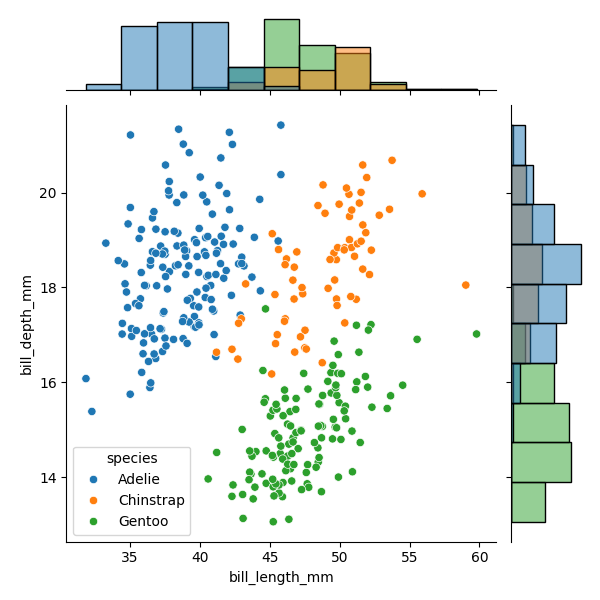
python, seaborn, JointGrid, scatterplot, histplot, hue